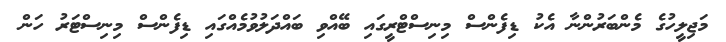
މަޖިލީހުގެ މެންބަރުންނާ އެކު ޑިފެންސް މިނިސްޓްރީގައި ބޭއްވި ބައްދަލުވުމެއްގައި ޑިފެންސް މިނިސްޓަރު ހަން